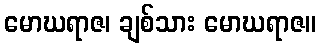
မောဃရာဇ၊ ချစ်သား မောဃရာဇ။